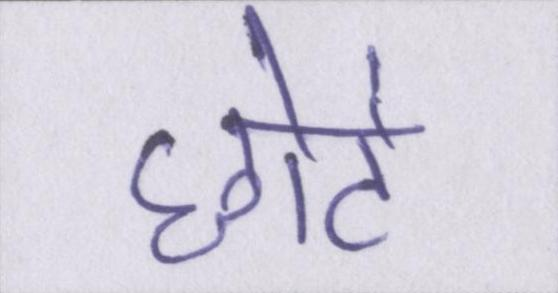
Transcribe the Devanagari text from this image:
छोटे